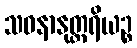
သဝနာနုတ္တရိယဉ္စ